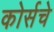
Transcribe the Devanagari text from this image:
कोर्सचे